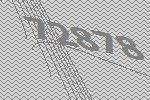
72878